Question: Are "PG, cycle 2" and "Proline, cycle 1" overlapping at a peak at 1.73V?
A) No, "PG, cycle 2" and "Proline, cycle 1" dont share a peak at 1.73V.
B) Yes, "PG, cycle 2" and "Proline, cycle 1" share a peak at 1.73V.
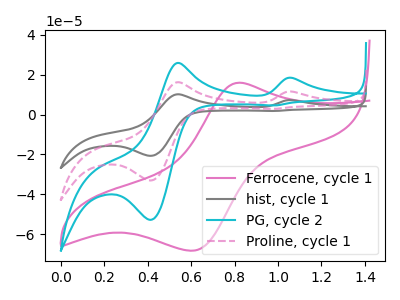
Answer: <think>The pink curve "Ferrocene, cycle 1" has an anodic peak at (0.80V, 15.90uA) and a cathodic peak at (0.60V, -68.30uA). The gray curve "hist, cycle 1" has anodic peaks at (1.05V, 22.95uA) (0.55V, 32.35uA) and cathodic peaks at (0.40V, -66.10uA) (1.00V, 5.65uA). The cyan curve "PG, cycle 2" has anodic peaks at (1.05V, 18.35uA) (0.55V, 25.85uA) and cathodic peaks at (0.40V, -52.80uA) (1.00V, 4.55uA). The pink dashed curve "Proline, cycle 1" has anodic peaks at (1.05V, 11.50uA) (0.55V, 16.20uA) and cathodic peaks at (0.40V, -33.05uA) (1.00V, 2.85uA).</think>
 <answer>A) No, "PG, cycle 2" and "Proline, cycle 1" dont share a peak at 1.73V.</answer>
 <eval>A</eval>